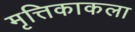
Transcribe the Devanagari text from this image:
मृत्तिकाकला